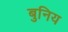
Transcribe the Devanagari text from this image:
बुनिय